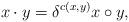
LaTeX: \begin{align*} x\cdot y = \delta^{c(x,y)}x\circ y, \end{align*}